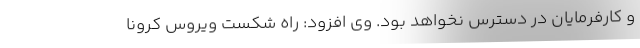
و کارفرمایان در دسترس نخواهد بود. وی افزود: راه شکست ویروس کرونا